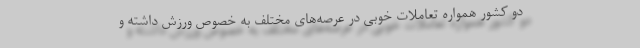
دو کشور همواره تعاملات خوبی در عرصه‌های مختلف به خصوص ورزش داشته و